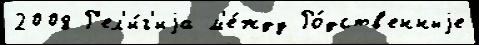
2008 Р'ел'и́г'иjа м'е́жду Ро́дств'енныjе